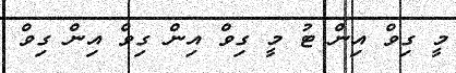
މީ ގިވް އިން ޓު މީ ގިވް އިން ގިވް އިން ގިވް